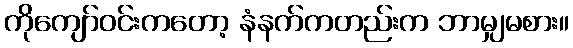
ကိုကျော်ဝင်းကတော့ နံနက်ကတည်းက ဘာမျှမစား။